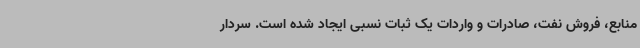
منابع، فروش نفت، صادرات و واردات یک ثبات نسبی ایجاد شده است. سردار